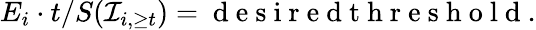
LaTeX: E_{i}\cdot t/S(\mathcal{I}_{i,\geq t})=\mathrm{~d~e~s~i~r~e~d~t~h~r~e~s~h~o~l~d~}.